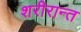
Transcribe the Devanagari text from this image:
शरीरान्त